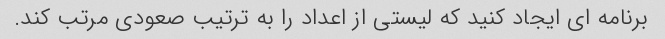
برنامه ای ایجاد کنید که لیستی از اعداد را به ترتیب صعودی مرتب کند.